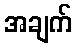
အချက်